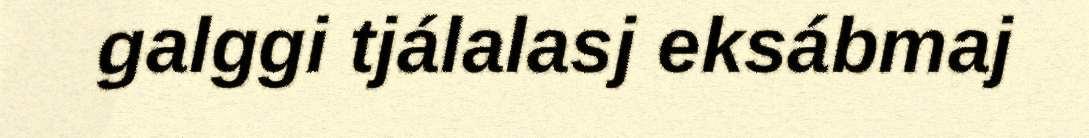
galggi tjálalasj eksábmaj